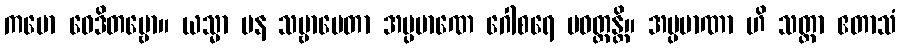
ကမော ဝေဒိတဗ္ဗော။ ယသ္မာ ပန သဗ္ဗာပေတာ အပ္ပမာဏေ ဂေါစရေ ပဝတ္တန္တိ။ အပ္ပမာဏာ ဟိ သတ္တာ ဧတာသံ